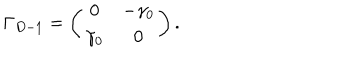
LaTeX: \Gamma _ { D - 1 } = \left( \begin{array} { c c } { { 0 } } & { { - \gamma _ { 0 } } } \\ { { \gamma _ { 0 } } } & { { 0 } } \\ \end{array} \right) .